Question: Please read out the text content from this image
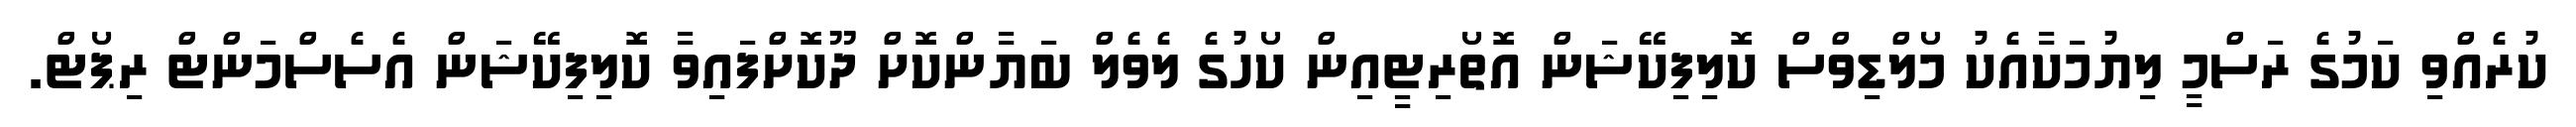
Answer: ކުރެއްވި ކަމުގެ ރަސްމީ ލިޔުމަކާއެކު މޯލްޑިވްސް ކޮލިފިކޭޝަން އޮތޯރިޓީއިން ކޯހުގެ ލެވެލް ބަޔާންކޮށް ދޫކޮށްފައިވާ ކޮލިފިކޭޝަން އެސެސްމަންޓް ރިޕޯޓް.